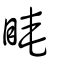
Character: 䁆